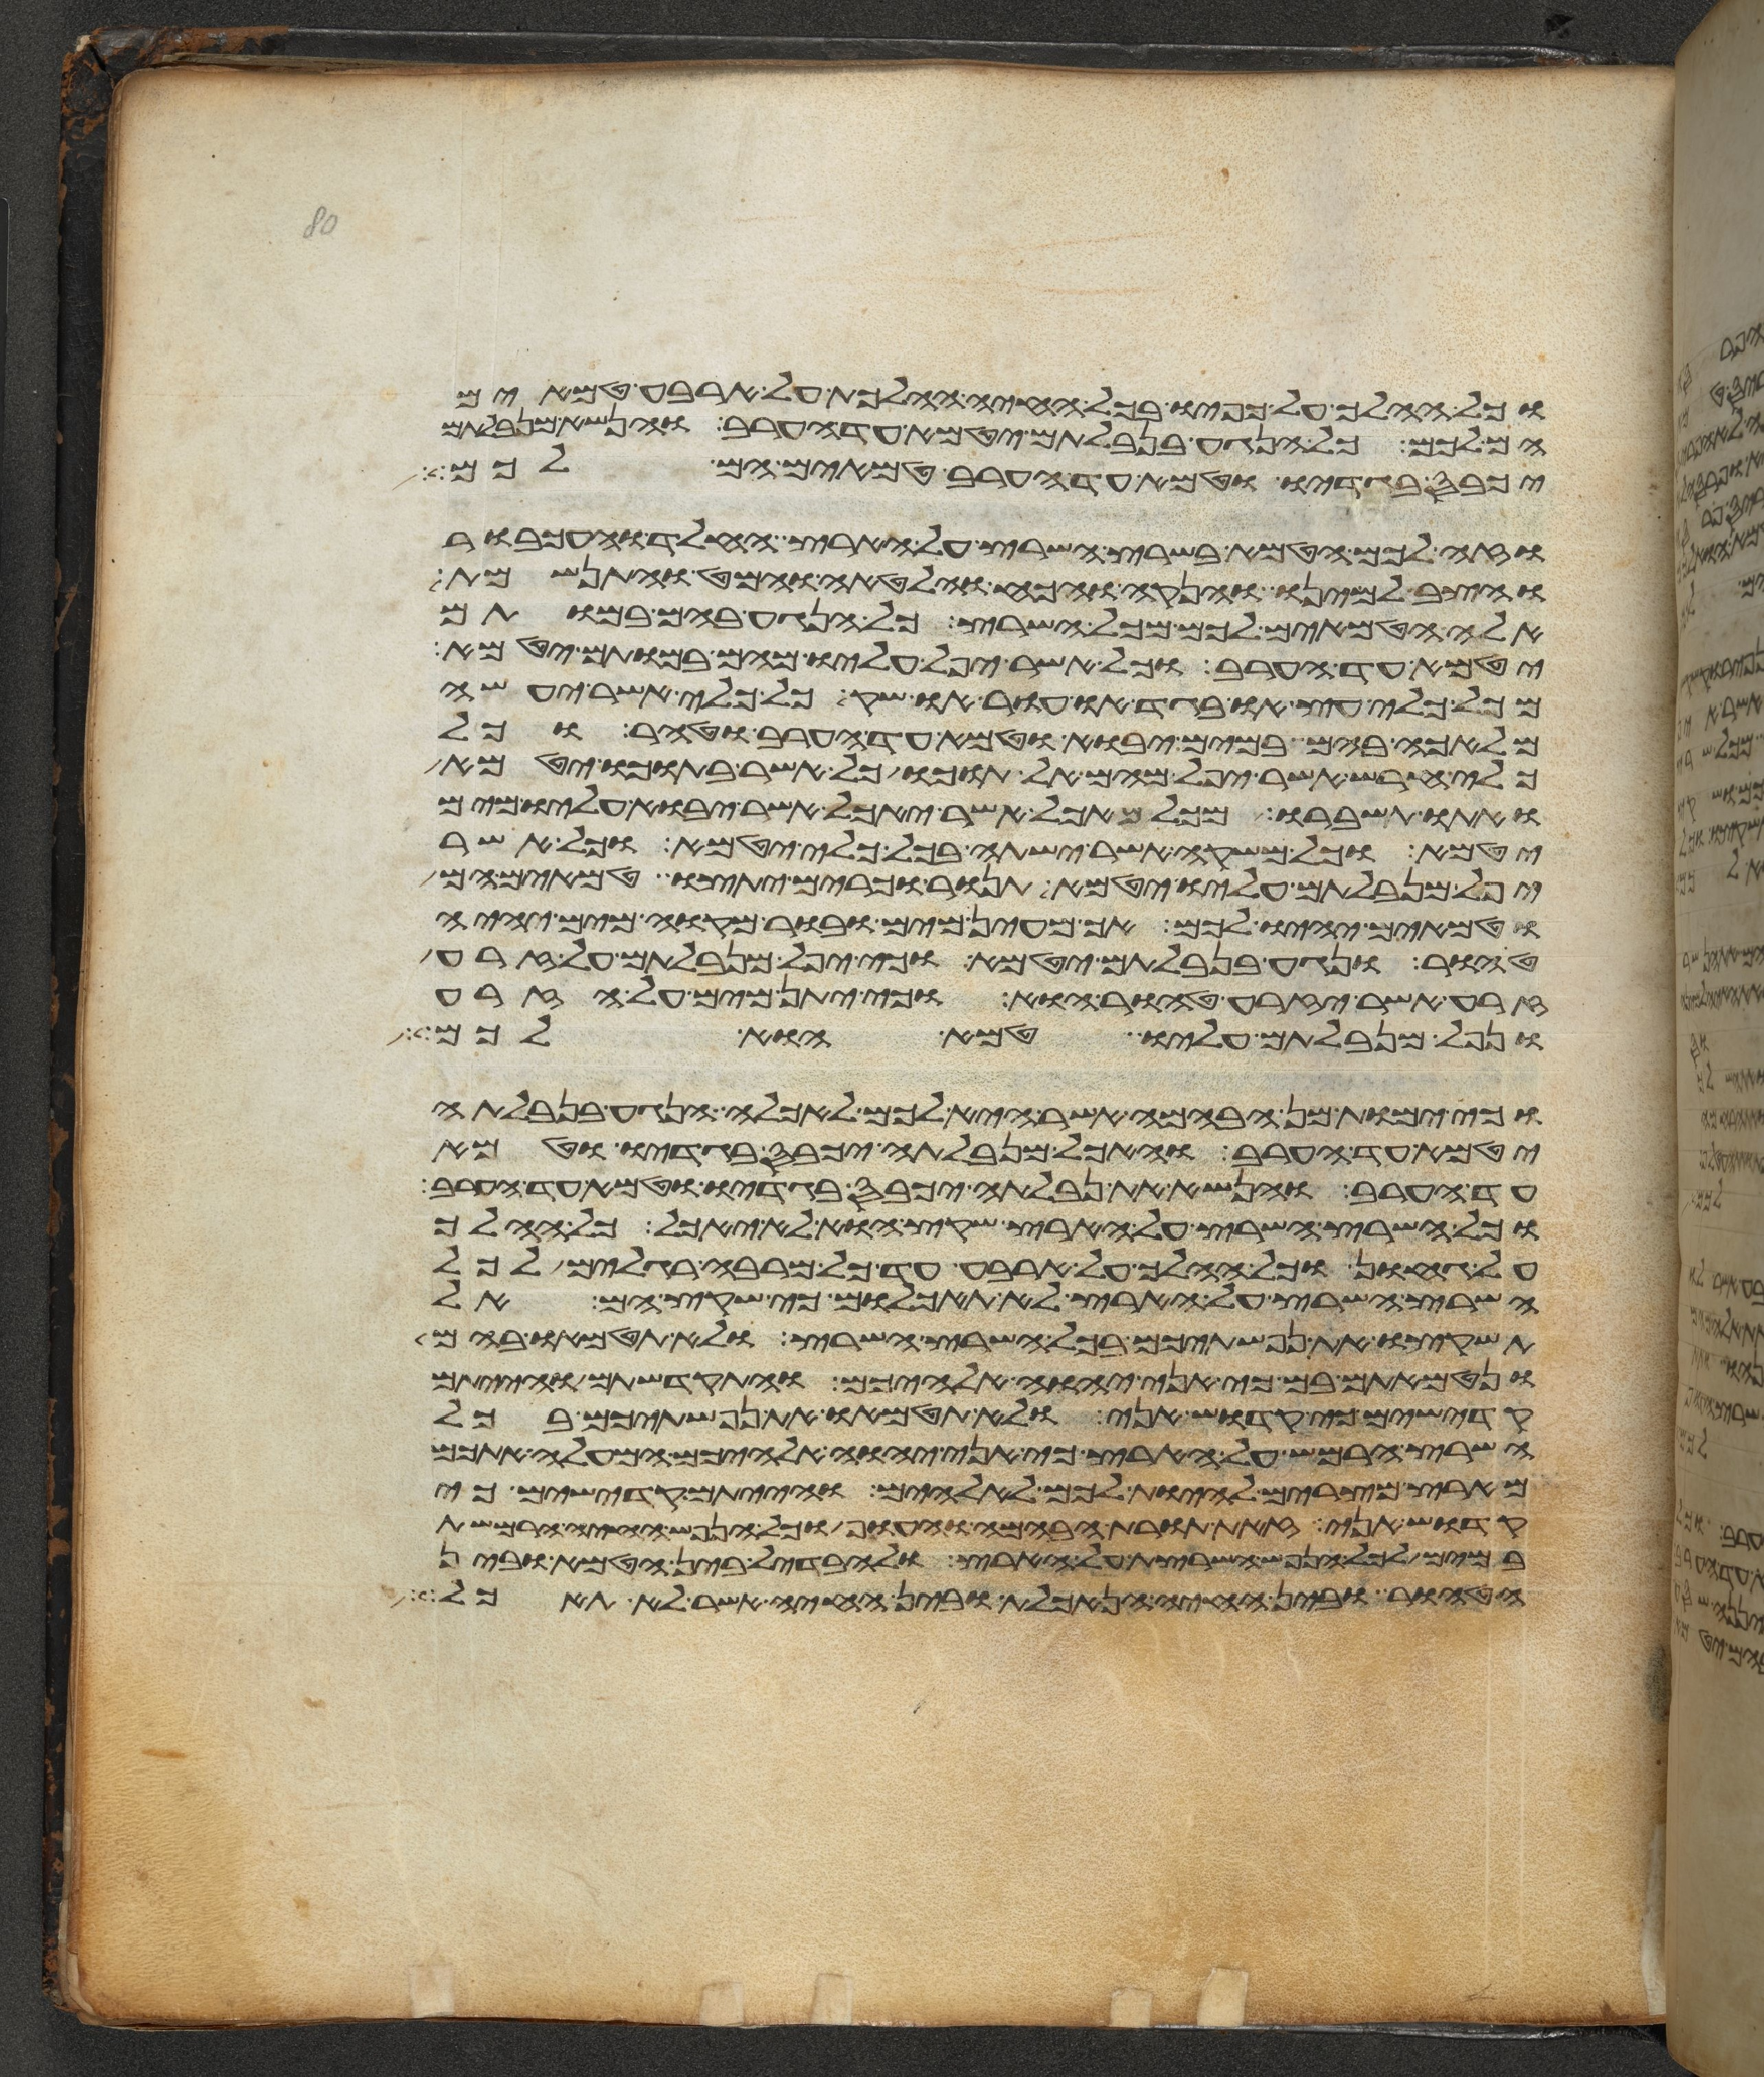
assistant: וכל ההלך על כפיו בכל החיה ההלכת על ארבע טמאים
הם לכם כל הנגע בנבלתם יטמא עד הערב והנשא מנבלתם
יכבס בגדיו וטמא עד הערב טמאים הם לכם
וזה לכם הטמא בשרץ השרץ על הארץ החלד והעכבור
והצב למינו והאנקה והכח והלאטה והמט והתנשמת
אלה הטמאים לכם מכל השרץ כל הנגע בהם במותם
יטמא עד הערב וכל אשר יפל עליו מהם במותם יטמא
מכל כלי עץ או בגד או עור או שק כל כלי אשר יעשה
מלאכה בהם במים יבוא וטמא עד הערב וטהר וכל
כלי חרש אשר יפל מהם אל תוכו כל אשר בתוכו יטמא
ואתו תשברו מכל האכל אשר יאכל אשר יבוא עליו מים
יטמא וכל משקה אשר ישתה בכל כלי יטמא וכל אשר
יפל מנבלתם עליו יטמא תנור וכרים יתצו טמאים הם
וטמאים יהיו לכם אך מעין מים ובור מקוה מים יהיה
טהור ונגע בנבלתם יטמא וכי יפל מנבלתם על זרע
זרע אשר יזרע טהור הוא וכי יתן מים על הזרע
ונפל מנבלתם עליו טמא הוא לכם
וכי ימות מן הבהמה אשר היא לכם לאכלה הנגע בנבלתה
יטמא עד הערב והאכל מנבלתה יכבס בגדיו וטמא
עד הערב והנשא את נבלתה יכבס בגדיו וטמא עד הערב
וכל השרץ השרץ על הארץ שקץ הוא לא יאכל כל ההלך
על גחון וכל ההלך על ארבע עד כל מרבה רגלים לכל
השרץ השרץ על הארץ לא תאכלום כי שקץ הם אל
תשקצו את נפשתיכם בכל השרץ השרץ ולא תטמאו בהם
ונטמאתם בם כי אני יהוה אלהיכם והתקדשתם והייתם
קדישים כי קדוש אני ולא תטמאו את נפשתיכם בכל
השרץ הרמש על הארץ כי אני יהוה אלהיכם המעלה אתכם
מארץ מצרים להיות לכם לאלהים והייתם קדישים כי
קדוש אני זאת תורת הבהמה והעוף וכל הנפש החיה הרמשת
במים לכל הנפש השרצת על הארץ להבדיל בין הטמא ובין
הטהור ובין החיה הנאכלת ובין החיה אשר לא תאכל